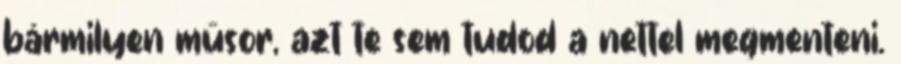
bármilyen műsor, azt te sem tudod a nettel megmenteni.